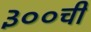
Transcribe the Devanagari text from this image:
३००ची